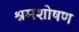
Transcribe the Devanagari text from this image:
श्रमशोषण